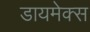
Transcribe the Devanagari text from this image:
डायमेक्स